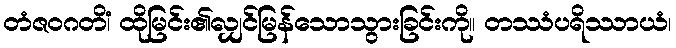
တံဇဝဂတိံ၊ ထိုမြင်း၏လျှင်မြန်သောသွားခြင်းကို။ တဿံပရိဿာယံ၊